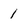
Character: 1